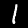
Digit: 1